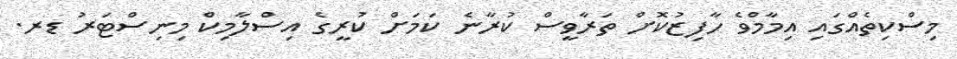
މިސްކިތެއްގައި އިމާމްވެ ހާފިޒުކޮށް ތަރާވީސް ކުރާނެ ކަމަށް ކުރީގެ އިސްލާމިކް މިނިސްޓަރު ޑރ.